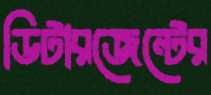
ডিটারজেন্টের